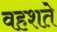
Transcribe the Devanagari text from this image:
वहशते